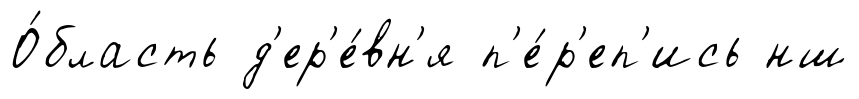
О́бласть д'ер'е́вн'я п'е́р'еп'ись нш